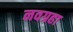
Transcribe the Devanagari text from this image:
नवग्रहा